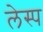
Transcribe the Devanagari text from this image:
लेस्प